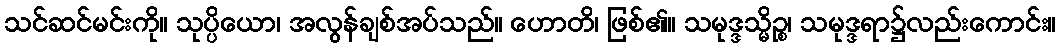
သင်ဆင်မင်းကို။ သုပ္ပိယော၊ အလွန်ချစ်အပ်သည်။ ဟောတိ၊ ဖြစ်၏။ သမုဒ္ဒသ္မိဉ္စ၊ သမုဒ္ဒရာ၌လည်းကောင်း။